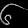
Digit: ၆